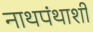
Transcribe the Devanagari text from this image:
नाथपंथाशी